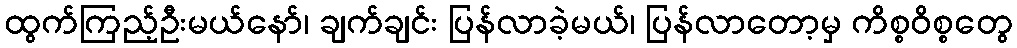
ထွက်ကြည့်ဦးမယ်နော်၊ ချက်ချင်း ပြန်လာခဲ့မယ်၊ ပြန်လာတော့မှ ကိစ္စဝိစ္စတွေ